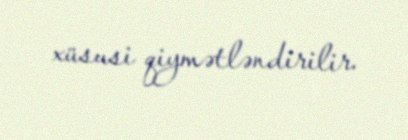
xüsusi qiymətləndirilir.